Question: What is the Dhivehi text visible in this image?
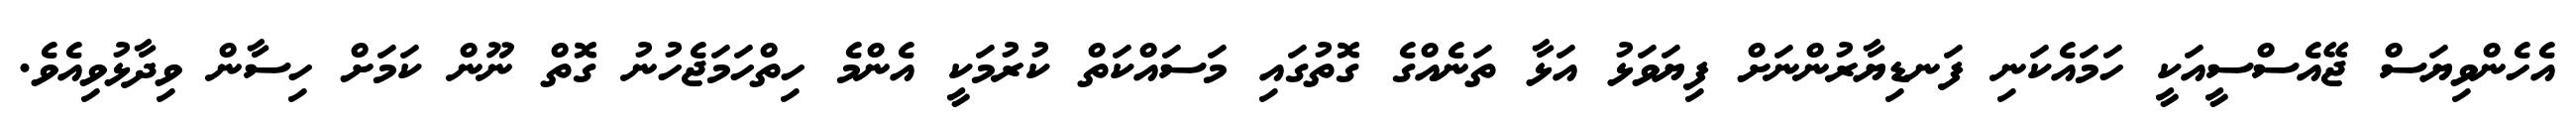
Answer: އެހެންވިޔަސް ޖޭއެސްސީއަކީ ހަމައެކަނި ފަނޑިޔާރުންނަށް ފިޔަވަޅު އަޅާ ތަނެއްގެ ގޮތުގައި މަސައްކަތް ކުރުމަކީ އެންމެ ހިތްހަމަޖެހުނު ގޮތް ނޫން ކަމަށް ހިސާން ވިދާޅުވިއެވެ.